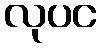
လုပင